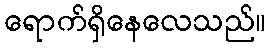
ရောက်ရှိနေလေသည်။